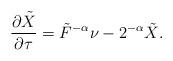
LaTeX: \begin{align*} \frac{\partial \tilde{X}}{\partial \tau}=\tilde{F}^{-\alpha}\nu-2^{-\alpha}\tilde{X}.\end{align*}